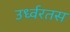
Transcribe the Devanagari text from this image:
उर्ध्वरतस